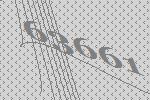
63661